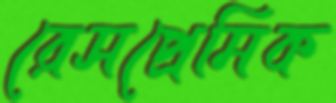
রেসপ্রেমিক